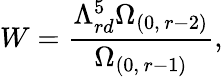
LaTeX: W=\frac{\Lambda_{rd}^{5}\Omega_{(0,\, r-2)}}{\Omega_{(0,\, r-1)}},